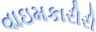
વાઇમકારીરી